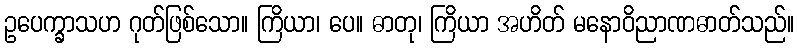
ဥပေက္ခာသဟ ဂုတ်ဖြစ်သော။ ကြိယာ၊ ပေ။ ဓာတု၊ ကြိယာ အဟိတ် မနောဝိညာဏဓာတ်သည်။